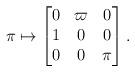
LaTeX: \begin{align*} \pi \mapsto \begin{bmatrix} 0 & \varpi & 0\\ 1 & 0 & 0\\ 0 & 0 & \pi \end{bmatrix}.\end{align*}